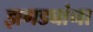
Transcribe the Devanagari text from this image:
झगड्यांना